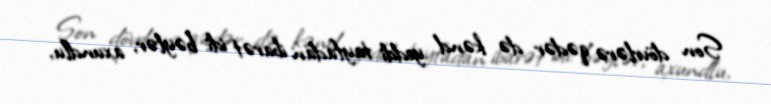
Son dövrlərə qədər də kənd yeddi tayfadan ibarət idi: bəylər, axundlu,